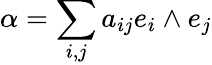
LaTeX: \alpha=\sum_{i,j}a_{ij}e_{i}\wedge e_{j}